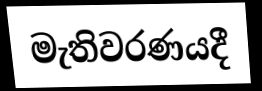
මැතිවරණයදී